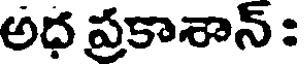
అధ ప్రకాశాన్ :